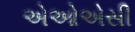
એઓએસી